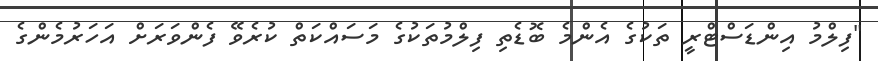
"ފިލްމު އިންޑަސްޓްރީ ތަކުގެ އެންމެ ބޮޑެތި ފިލްމުތަކުގެ މަސައްކަތް ކުރެވޭ ފެންވަރަށް އަހަރުމެންގެ